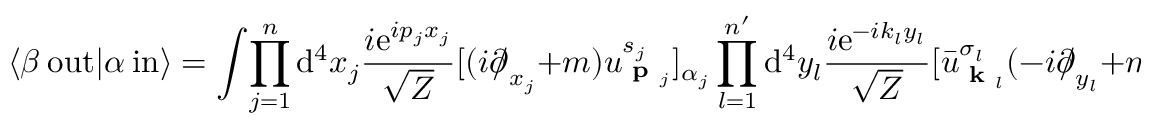
\langle \beta \ \mathrm { o u t } | \alpha \ \mathrm { i n } \rangle = \int \! \prod _ { j = 1 } ^ { n } \mathrm { d } ^ { 4 } x _ { j } { \frac { i \mathrm { e } ^ { i p _ { j } x _ { j } } } { \sqrt { Z } } } [ ( i { \partial \! \! \! / } _ { x _ { j } } + m ) u _ { { \textbf { p } } _ { j } } ^ { s _ { j } } ] _ { \alpha _ { j } } \prod _ { l = 1 } ^ { n ^ { \prime } } \mathrm { d } ^ { 4 } y _ { l } { \frac { i \mathrm { e } ^ { - i k _ { l } y _ { l } } } { \sqrt { Z } } } [ { \bar { u } } _ { { \textbf { k } } _ { l } } ^ { \sigma _ { l } } ( - i { \partial \! \! \! / } _ { y _ { l } } + m ) ] _ { \beta _ { l } } \langle 0 | \mathrm { T } [ \Psi _ { \beta _ { 1 } } ( y _ { 1 } ) . . . \Psi _ { \beta _ { n ^ { \prime } } } ( y _ { n ^ { \prime } } ) { \bar { \Psi } } _ { \alpha _ { 1 } } ( x _ { 1 } ) . . . { \bar { \Psi } } _ { \alpha _ { n } } ( x _ { n } ) ] | 0 \rangle .